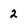
Character: 2